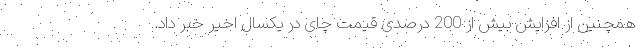
همچنین از افزایش بیش از 200 درصدی قیمت چای در یکسال اخیر خبر داد.